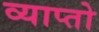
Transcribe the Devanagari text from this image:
व्याप्तो